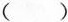
( )